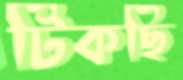
টিকছি